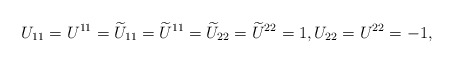
\begin{align*}U_{1 1} = U^{1 1}=\widetilde{U}_{1 1}=\widetilde{U}^{1 1}=\widetilde{U}_{2 2}=\widetilde{U}^{2 2}=1 , U_{2 2}=U^{2 2}=-1 ,\end{align*}